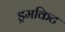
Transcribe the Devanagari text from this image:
ड्रमकिट